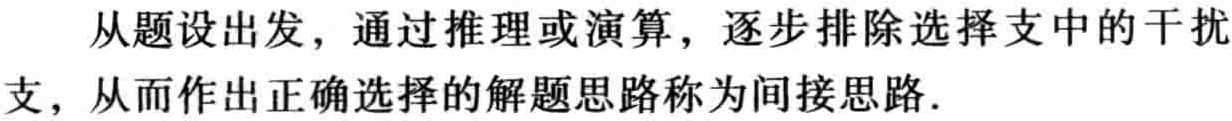
从题设出发，通过推理或演算，逐步排除选择支中的干扰支，从而作出正确选择的解题思路称为间接思路.